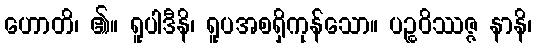
ဟောတိ၊ ၏။ ရူပါဒီနိ၊ ရူပအစရှိကုန်သော။ ပဉ္စဝိဿဇ္ဇ နာနိ၊